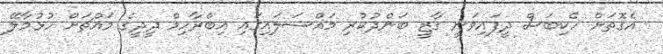
އެގޮތަށް ހެކިބަސް ދީފައިވަނީ ގާޒީ ބަންދުކުރި މައްސަލައިގައި އިބްރާހިމް ދީދީގެ މައްޗަށް ހުޅުމާލޭ